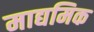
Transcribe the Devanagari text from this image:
माद्यमिक